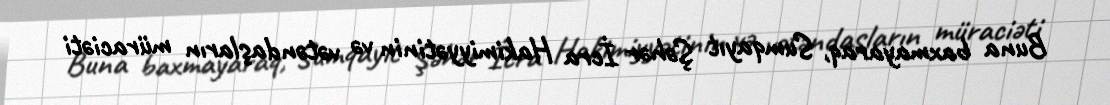
Buna baxmayaraq, Sumqayıt Şəhər İcra Hakimiyyətinin və vətəndaşların müraciəti